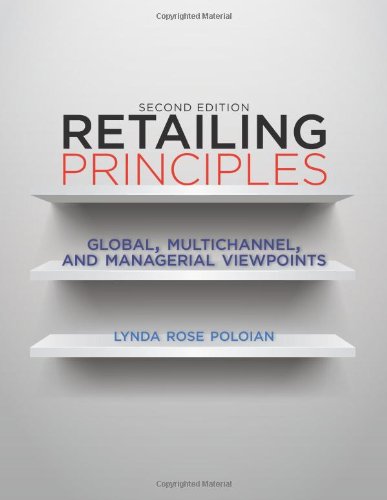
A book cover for Retailing Principles Second Edition: Global, Multichannel, and Managerial Viewpoints; Lynda Rose Poloian; Business & Money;